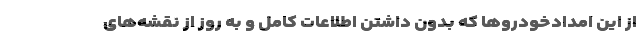
از این امدادخودروها که بدون داشتن اطلاعات کامل و به روز از نقشه‌های